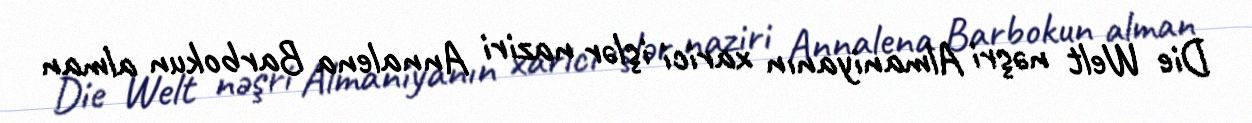
Die Welt nəşri Almaniyanın xarici işlər naziri Annalena Barbokun alman